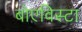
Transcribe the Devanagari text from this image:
बोएविस्टा